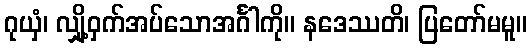
ဂုယှံ၊ လျှို့ဝှက်အပ်သောအင်္ဂါကို။ နဒေဿတိ၊ ပြတော်မမူ။